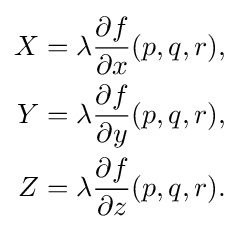
{\begin{aligned}X&=\lambda {\frac {\partial f}{\partial x}}(p,q,r),\\Y&=\lambda {\frac {\partial f}{\partial y}}(p,q,r),\\Z&=\lambda {\frac {\partial f}{\partial z}}(p,q,r).\end{aligned}}